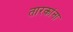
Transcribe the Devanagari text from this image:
तारकांना